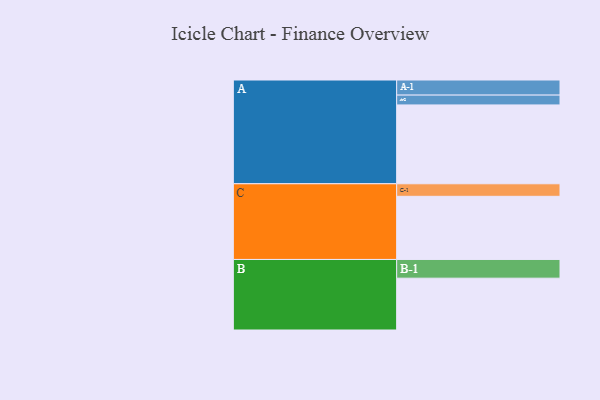
{"axis": {"x": "Segment", "y": "Value"}, "legend": ["", "A", "B", "C"], "data": [{"x": "A", "y": 522, "type": ""}, {"x": "B", "y": 343, "type": ""}, {"x": "C", "y": 418, "type": ""}, {"x": "A-1", "y": 100, "type": "A"}, {"x": "A-2", "y": 65, "type": "A"}, {"x": "B-1", "y": 124, "type": "B"}, {"x": "C-1", "y": 83, "type": "C"}]}